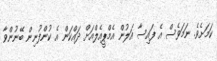
ކަމަށެވެ. ނަމަވެސް އެ ފައިސާ އަލުން އެމްޕީއެލްއަށް ދައްކަން އެ ކުންފުނިން ބޭނުންވާ